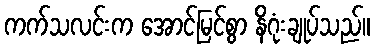
ကက်သလင်းက အောင်မြင်စွာ နိဂုံးချုပ်သည်။